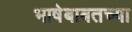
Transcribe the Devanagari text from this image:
भाषेबाबतच्या